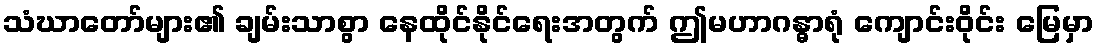
သံဃာတော်များ၏ ချမ်းသာစွာ နေထိုင်နိုင်ရေးအတွက် ဤမဟာဂန္ဓာရုံ ကျောင်းဝိုင်း မြေမှာ